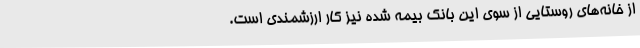
از خانه‌های روستایی از سوی این بانک بیمه شده نیز کار ارزشمندی است.